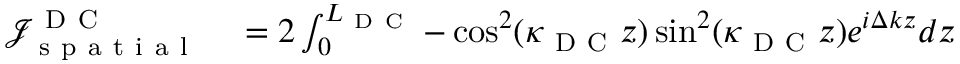
\begin{array} { r l } { \mathcal { J } _ { \mathrm { ~ s ~ p ~ a ~ t ~ i ~ a ~ l ~ } } ^ { \mathrm { ~ D ~ C ~ } } } & { { } = 2 \int _ { 0 } ^ { L _ { \mathrm { ~ D ~ C ~ } } } - \cos ^ { 2 } ( \kappa _ { \mathrm { ~ D ~ C ~ } } z ) \sin ^ { 2 } ( \kappa _ { \mathrm { ~ D ~ C ~ } } z ) e ^ { i \Delta k z } d z } \end{array}